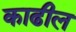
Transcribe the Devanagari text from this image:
काढील